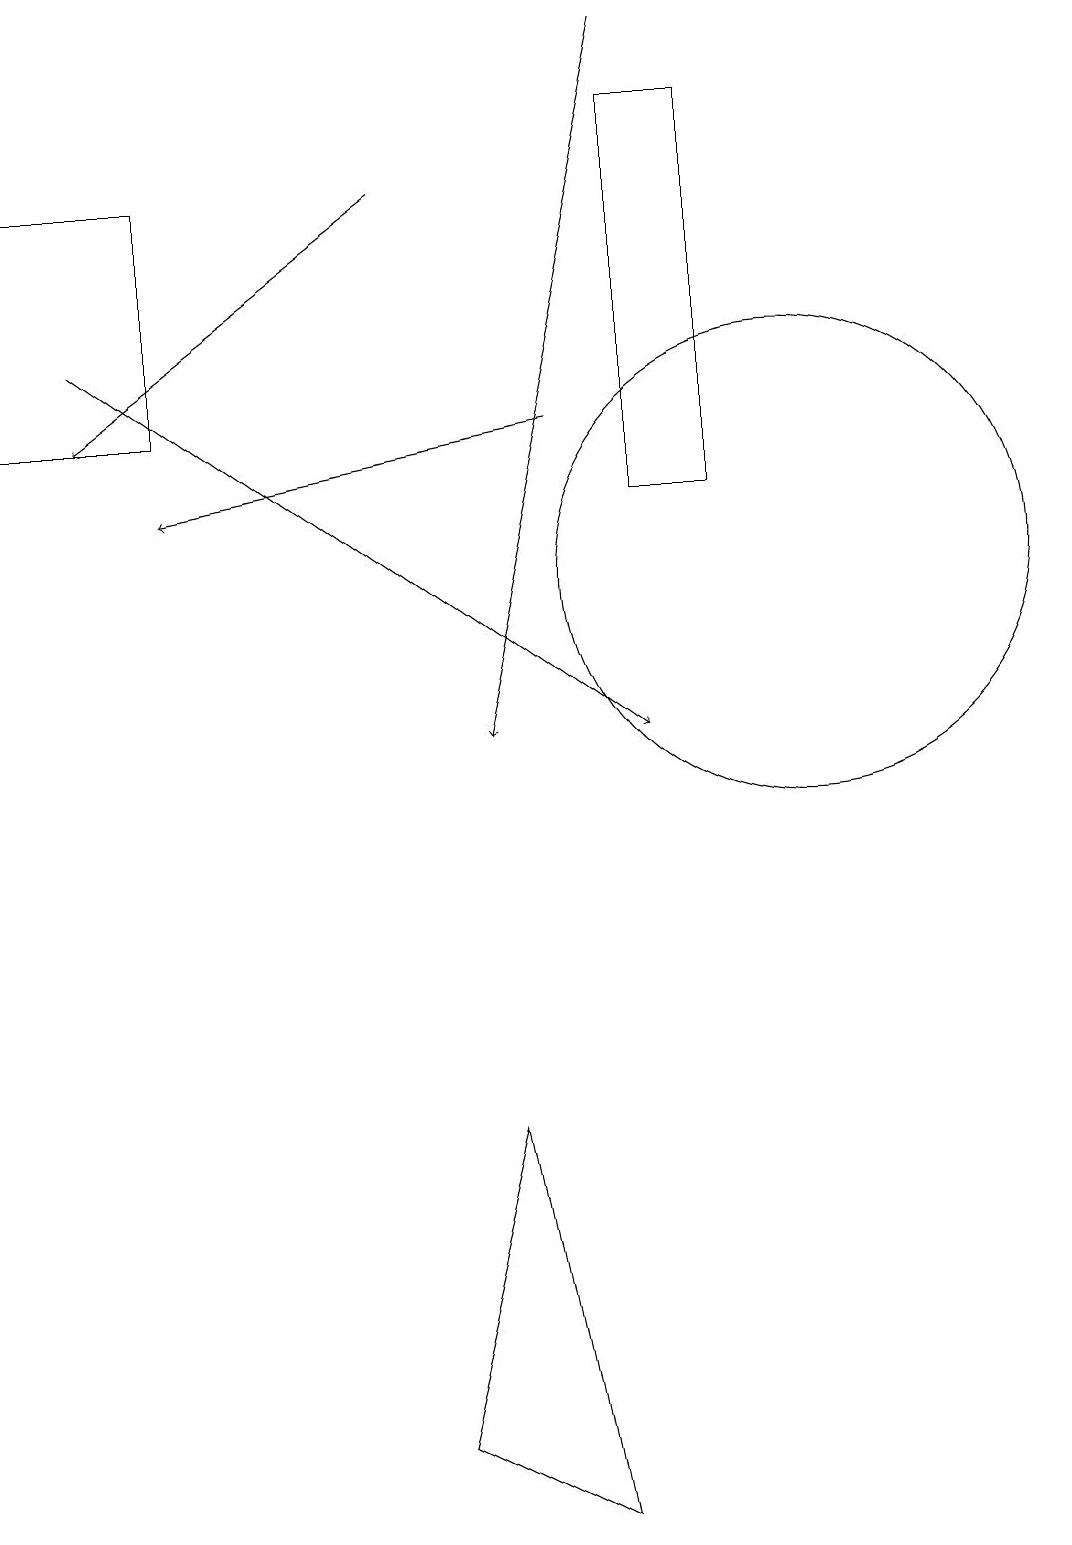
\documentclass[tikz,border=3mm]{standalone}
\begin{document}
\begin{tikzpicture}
\draw[->] (1,15) -- (8,10);
\draw (6,5) -- (5,1) -- (7,0) -- cycle;
\draw[->] (8,19) -- (6,10);
\draw[->] (7,14) -- (2,13);
\draw (8,18) rectangle (9,13);
\draw (10,12) circle (3);
\draw[->] (5,17) -- (1,14);
\draw (0,14) rectangle (2,17);
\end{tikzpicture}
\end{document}